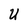
Character: U